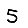
Digit: 5